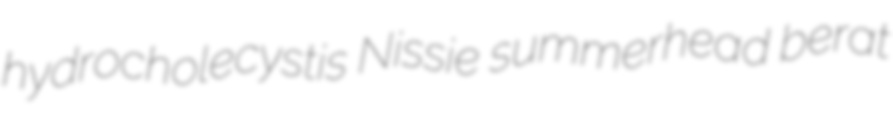
hydrocholecystis Nissie summerhead berat